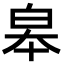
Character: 皋